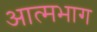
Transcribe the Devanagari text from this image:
आत्मभाग